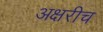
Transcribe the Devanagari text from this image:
अक्षरीच